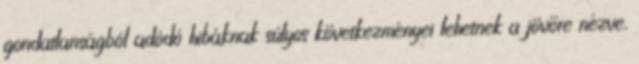
gondatlanságból adódó hibáknak súlyos következményei lehetnek a jövőre nézve,